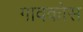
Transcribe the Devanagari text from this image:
गावकोस